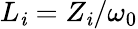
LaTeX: L_{\mathit{i}}=Z_{\mathit{i}}/\omega_{0}